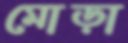
মোড়া